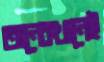
অনেকখানেই